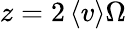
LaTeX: z=2\left\langle v\right\rangle\Omega